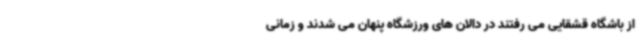
از باشگاه قشقایی می رفتند در دالان های ورزشگاه پنهان می شدند و زمانی